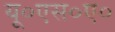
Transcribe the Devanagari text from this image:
यू०एस०ए०